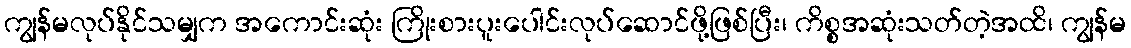
ကျွန်မလုပ်နိုင်သမျှက အကောင်းဆုံး ကြိုးစားပူးပေါင်းလုပ်ဆောင်ဖို့ဖြစ်ပြီး၊ ကိစ္စအဆုံးသတ်တဲ့အထိ၊ ကျွန်မ